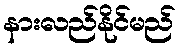
နားလည်နိုင်မည်